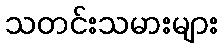
သတင်းသမားများ